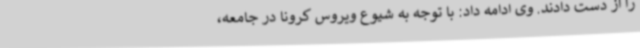
را از دست دادند. وی ادامه داد: با توجه به شیوع ویروس کرونا در جامعه،